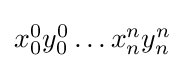
{\textstyle x_{0}^{0}y_{0}^{0}\dots x_{n}^{n}y_{n}^{n}}